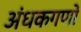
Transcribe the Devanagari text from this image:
अंधकगणों